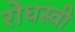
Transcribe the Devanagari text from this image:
रोधस्वी